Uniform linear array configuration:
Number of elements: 8
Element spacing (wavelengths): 0.25
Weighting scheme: uniform
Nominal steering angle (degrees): -30
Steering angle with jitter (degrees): -28.413
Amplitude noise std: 0.05
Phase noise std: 0.05

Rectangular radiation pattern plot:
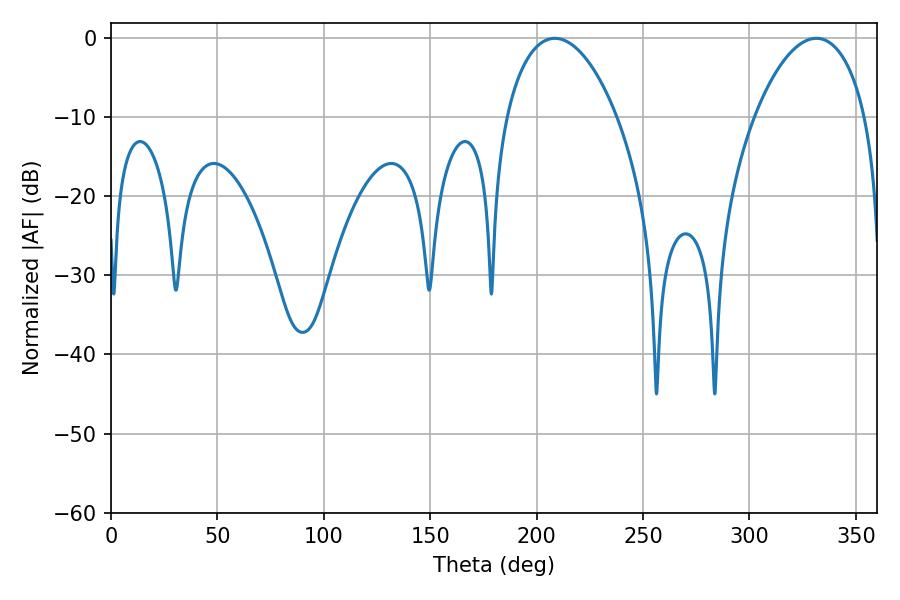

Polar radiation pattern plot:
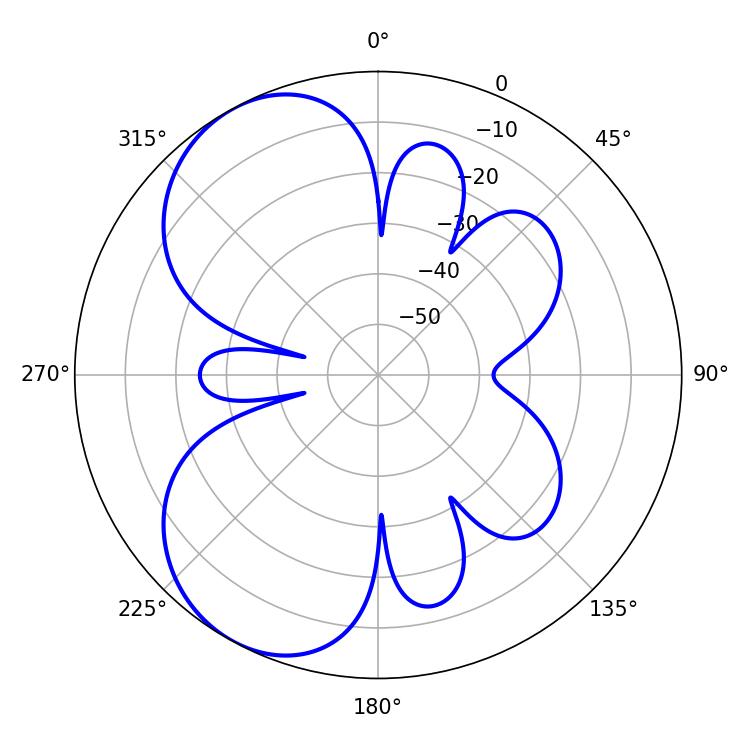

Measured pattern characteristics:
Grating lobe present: FALSE
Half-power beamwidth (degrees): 29.34
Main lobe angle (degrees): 208.62